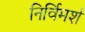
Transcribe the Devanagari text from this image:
निर्विमर्श